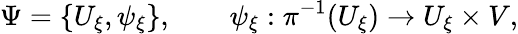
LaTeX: \Psi=\{ U_{\xi},\psi_{\xi}\} ,\qquad\psi_{\xi}:\pi^{-1}(U_{\xi})\to U_{\xi}\times V,